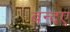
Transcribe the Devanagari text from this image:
बन्दए